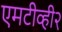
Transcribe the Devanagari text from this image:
एमटीव्ही२